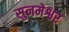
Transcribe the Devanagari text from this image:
सुनमेश्वर